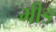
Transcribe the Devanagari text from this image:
भीङ